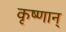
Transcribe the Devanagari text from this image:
कृष्णान्‌